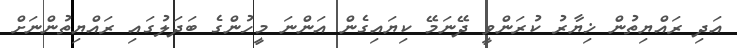
އަދި ރައްޔިތުން ޚިޔާރު ކުރަންވީ ދޭނަމޭ ކިޔައިގެން އަންނަ މީހުންގެ ބަދަލުގައި ރައްޔިތުންނަށް